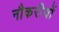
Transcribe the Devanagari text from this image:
नौकरीयों